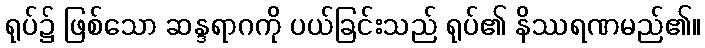
ရုပ်၌ ဖြစ်သော ဆန္ဒရာဂကို ပယ်ခြင်းသည် ရုပ်၏ နိဿရဏမည်၏။